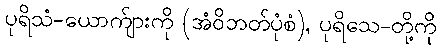
ပုရိသံ-ယောက်ျားကို (အံဝိဘတ်ပုံစံ), ပုရိသေ-တို့ကို